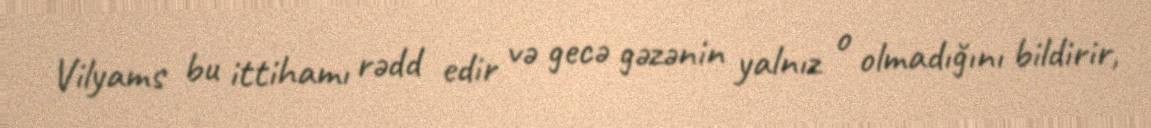
Vilyams bu ittihamı rədd edir və gecə gəzənin yalnız o olmadığını bildirir,